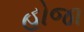
હોજા